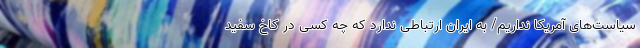
سیاست‌های آمریکا نداریم/ به ایران ارتباطی ندارد که چه کسی در کاخ سفید